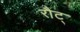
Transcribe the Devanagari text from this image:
रौट्